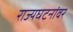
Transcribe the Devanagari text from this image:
राज्यघटनांवर